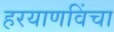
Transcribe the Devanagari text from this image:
हरयाणविंचा